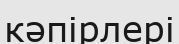
кәпірлері